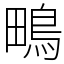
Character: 鴫